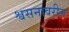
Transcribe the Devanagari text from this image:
श्वसनावरील